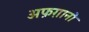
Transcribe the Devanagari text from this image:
अफ़ग़ानो